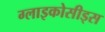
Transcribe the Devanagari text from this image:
ग्लाइकोसीड्स